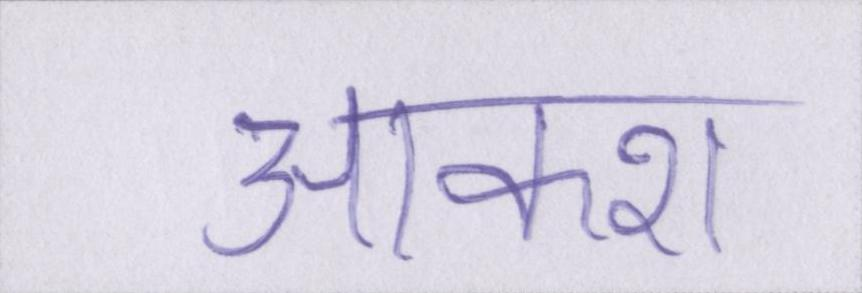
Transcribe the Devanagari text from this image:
आकाश